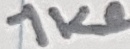
Text: 1kΩ